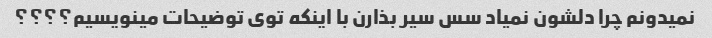
نمیدونم چرا دلشون نمیاد سس سیر بذارن با اینکه توی توضیحات مینویسیم؟؟؟؟